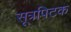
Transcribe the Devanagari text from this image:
सूत्रपिटक